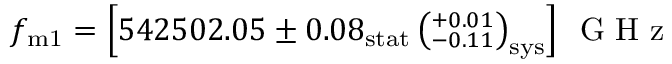
f _ { \mathrm { m 1 } } = \left[ 5 4 2 5 0 2 . 0 5 \pm 0 . 0 8 _ { \mathrm { s t a t } } \left( ^ { + 0 . 0 1 } _ { - 0 . 1 1 } \right) _ { \mathrm { s y s } } \right] \ensuremath { \, \mathrm { ~ G ~ H ~ z ~ } }